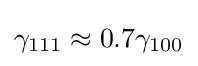
\gamma _{111}\approx 0.7\gamma _{100}